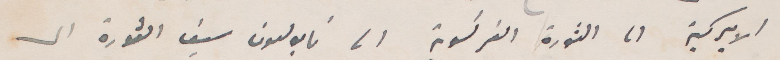
الأميركية الى الثورة الفرنسية الى نابوليون سيف الثورة الى